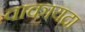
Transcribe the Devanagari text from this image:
वाकायदा